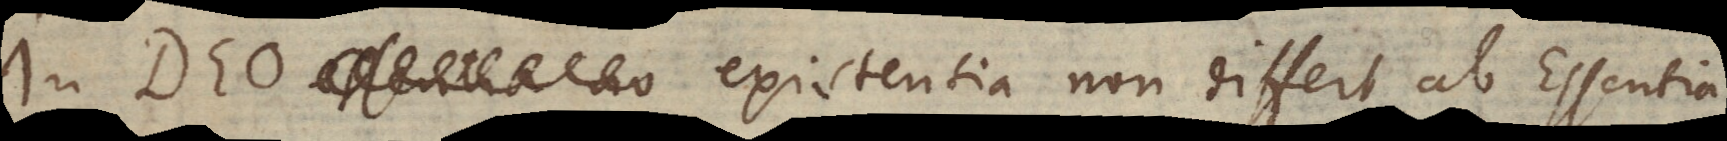
In Deo essentia no existentia non differt ab Essentia,